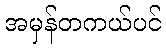
အမှန်တကယ်ပင်